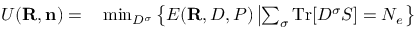
\begin{array} { r l } { { \cal U } ( { \bf R } , { \bf n } ) = } & { { } \operatorname* { m i n } _ { D ^ { \sigma } } \left\{ { \cal E } ( { \bf R } , D , P ) \left\vert \sum _ { \sigma } \mathrm { T r } [ D ^ { \sigma } S ] = N _ { e } \right. \right\} } \end{array}